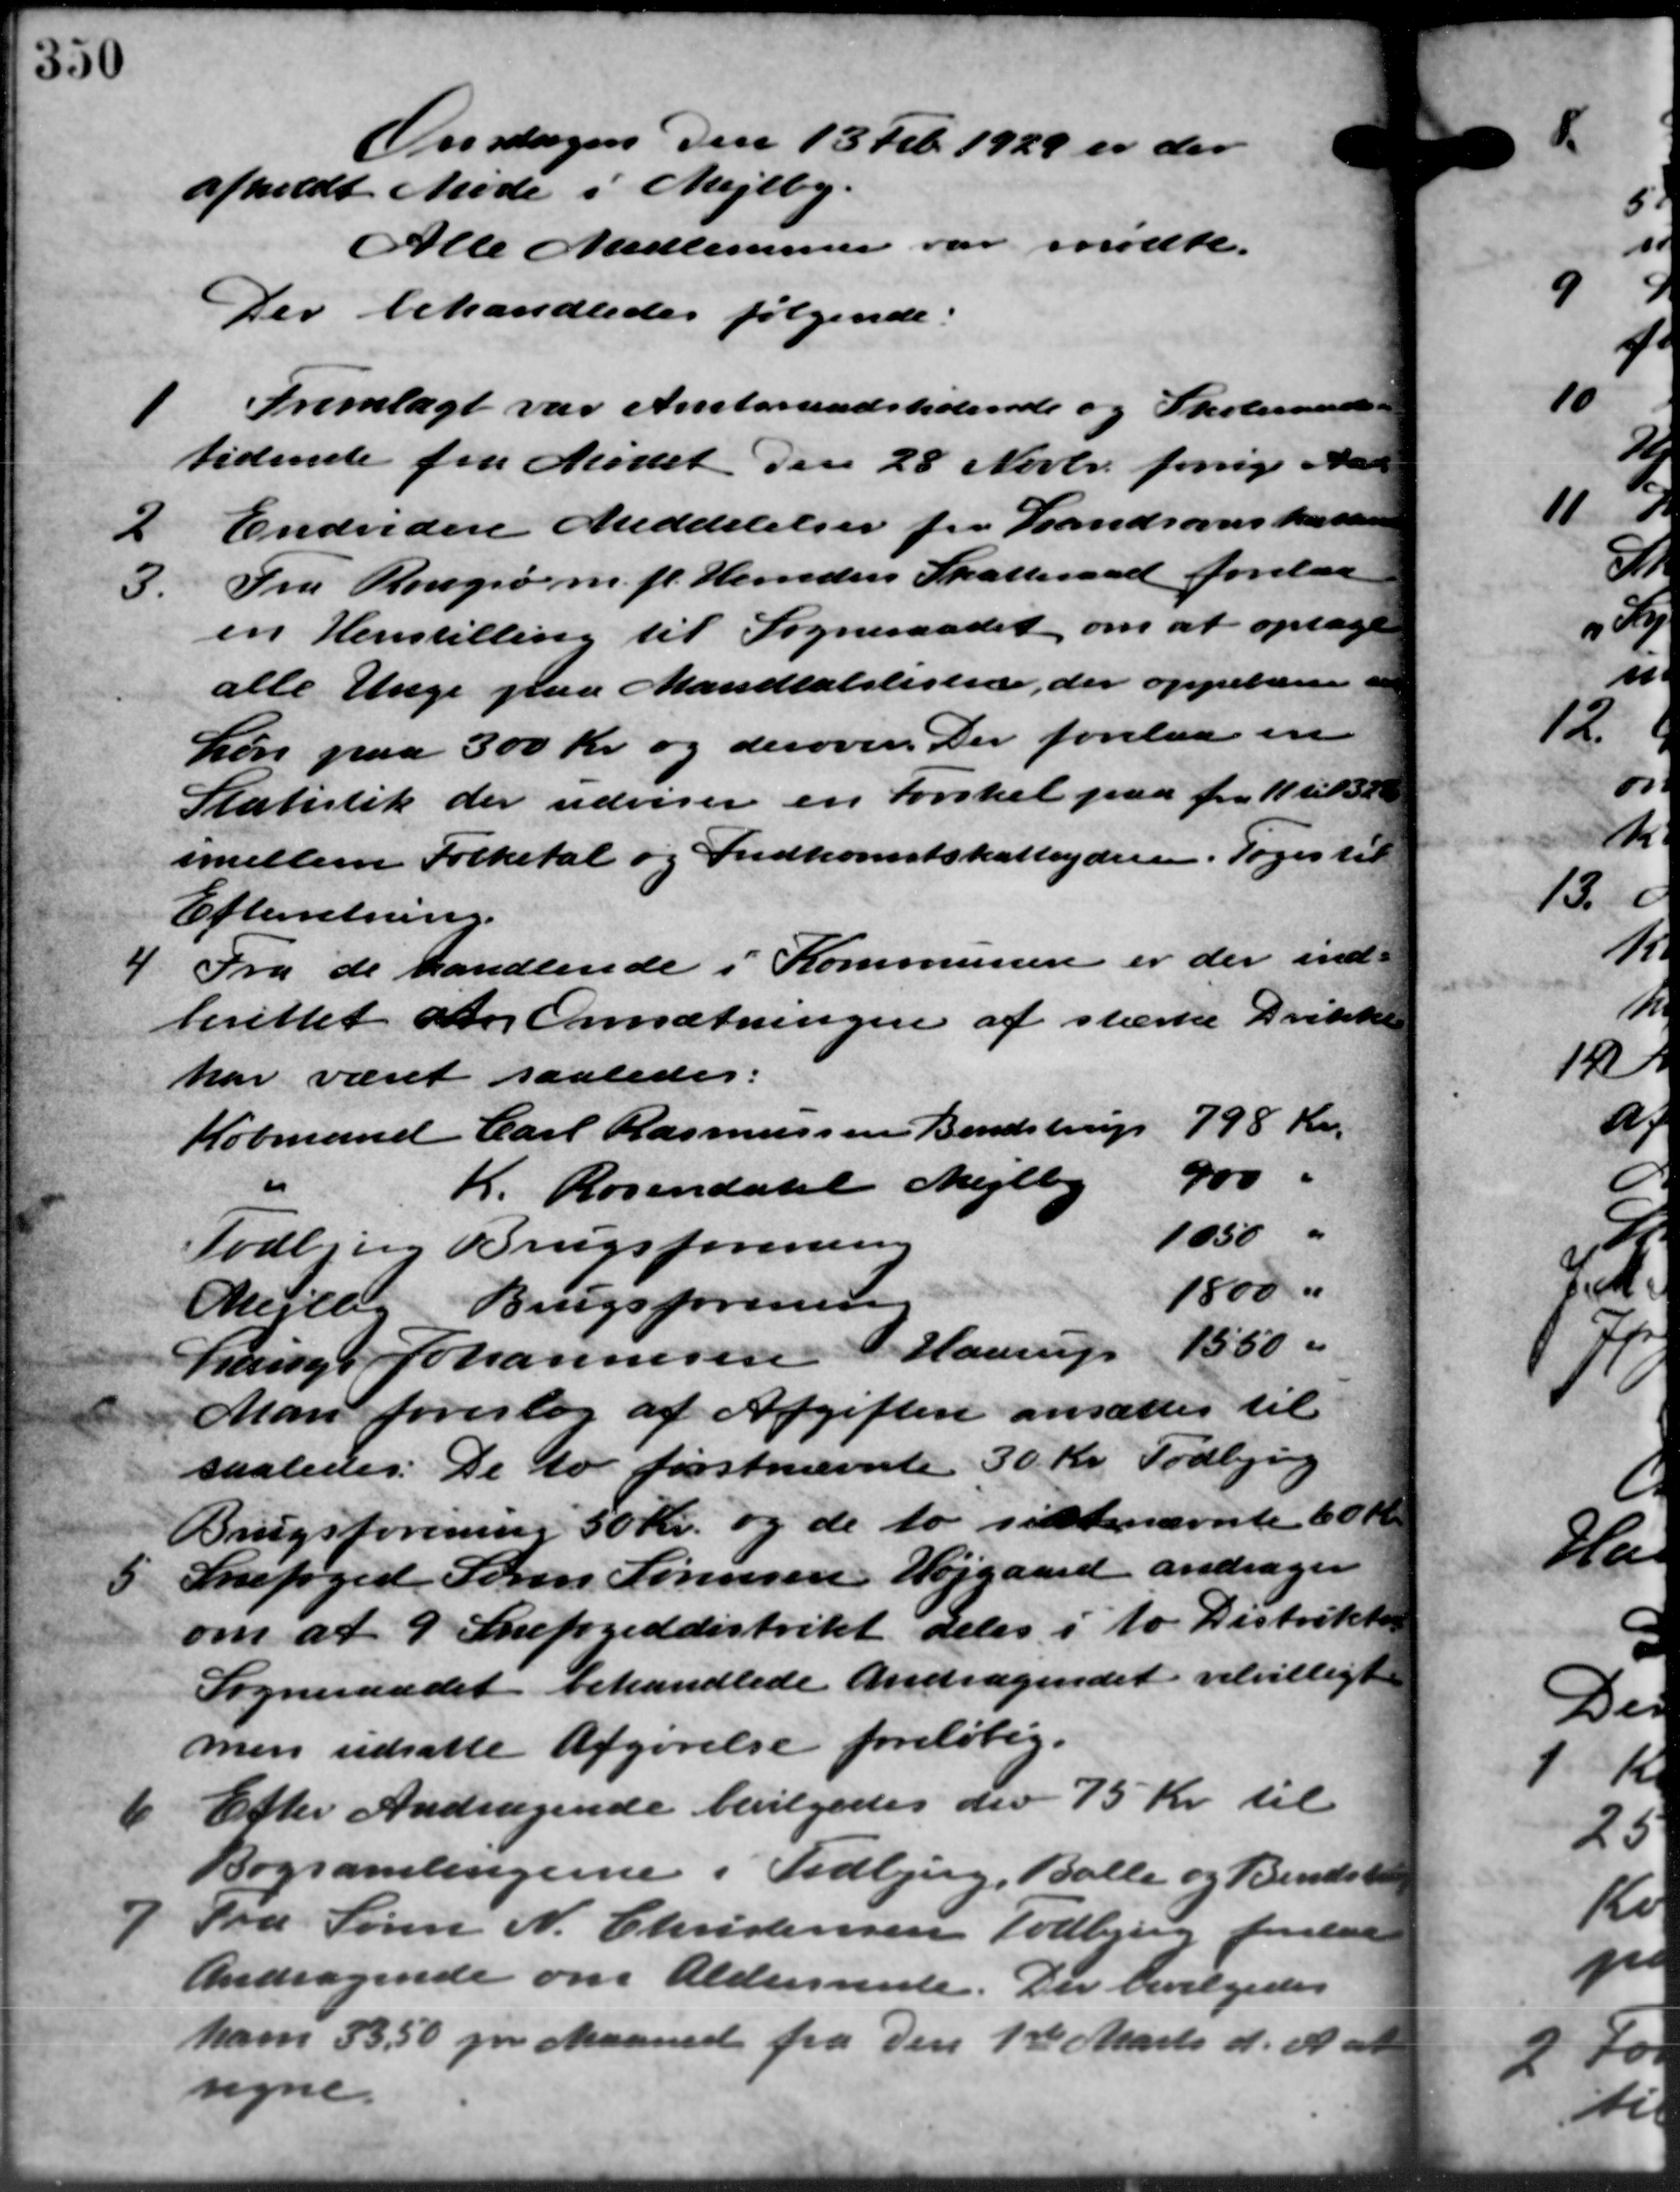
Transskription:
Onsdagen den 13 Feb. 1929 er der
afholdt Møde i Mejlby.
Alle Medlemmer var mødte.
Der behandledes følgende:

Fremlagt var Amtsraadstidende og Skoleraads-
tidende fra Mødet den 28 Novbr. forrige Aare
2
Endvidere Meddelelser fra Landsoverskattere
3.
Fra Rougsø m.fl. Herreders Skatteraad forelaa
en Henstilling til Sogneraadet om at optage
alle Unge paa Mandtalslisten, der oppebærer a
Løn paa 300 Kr. og derover Der forelaa en
Statistik der udviser en Forskel paa fra 11 til 30
imellem Folketal og Indkomstskatteydere. Toges til
Efterretning.
4
Fra de handlende i Kommunen er der ind-
berettet og Omsætningen af stærke Drikke
har været saaledes:
798 Kr.
Købmand Carl Rasmussen Bendstrup
900 "
"
K. Rosendahl Mejlby
1050 "
Todbjerg Brugsforening
1800 "
Mejlby Brugsforening
Lauge Johannesen Haarup 1550 "
Man foreslog af Afgiften ansættes til
saaledes. De to førstnævnte 30 Kr. Todbjerg
Brugsforening 50 Kr. og de to sidstnævnte 60 Kr.
5
Snefoged Søren Sørensen Højgaard andrager
om af 9 Snefogeddistrikt deles i to Distrikt -
Sogneraadet behandlede Andragendet velvilligt
men udsatte Afgørelse foreløbig.
6
Efter Andragende bevilgedes der 75 Kr. til
Bogsamlingerne i Tidbjerg, Balle og Bendstru

Fra Søren N. Christensen Todbjerg forelaa
Andragende om Aldersrente. Der bevilgedes
ham 33,50 pr Maaned fra den 1ste Marts d. A. at
regne.